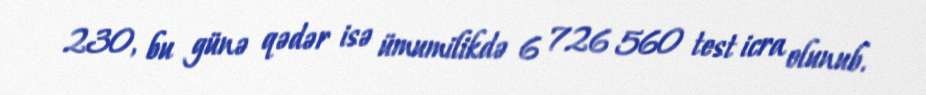
230, bu günə qədər isə ümumilikdə 6 726 560 test icra olunub.